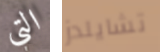
التي تشايلدز